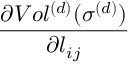
\frac { \partial V o l ^ { ( d ) } ( \sigma ^ { ( d ) } ) } { \partial l _ { i j } }